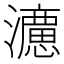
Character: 𭳩